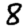
Digit: 8